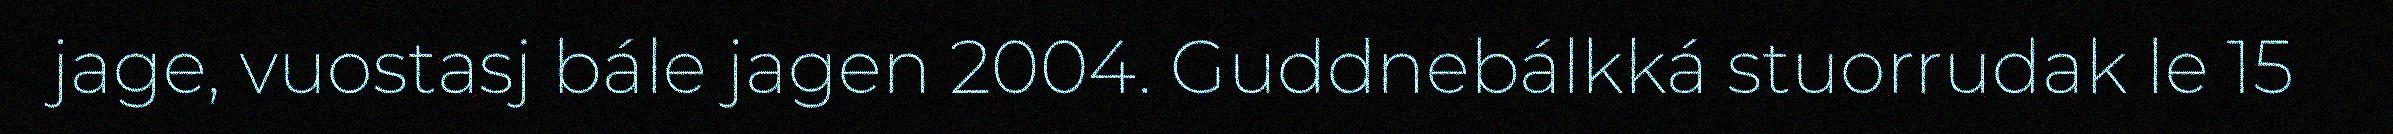
jage, vuostasj bále jagen 2004. Guddnebálkká stuorrudak le 15